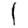
Digit: 1